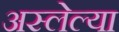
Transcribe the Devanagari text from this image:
अस्लेल्या